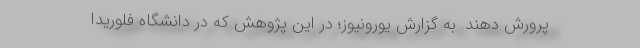
پرورش دهند. به گزارش یورونیوز؛ در این پژوهش که در دانشگاه فلوریدا